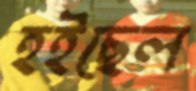
হইছেল